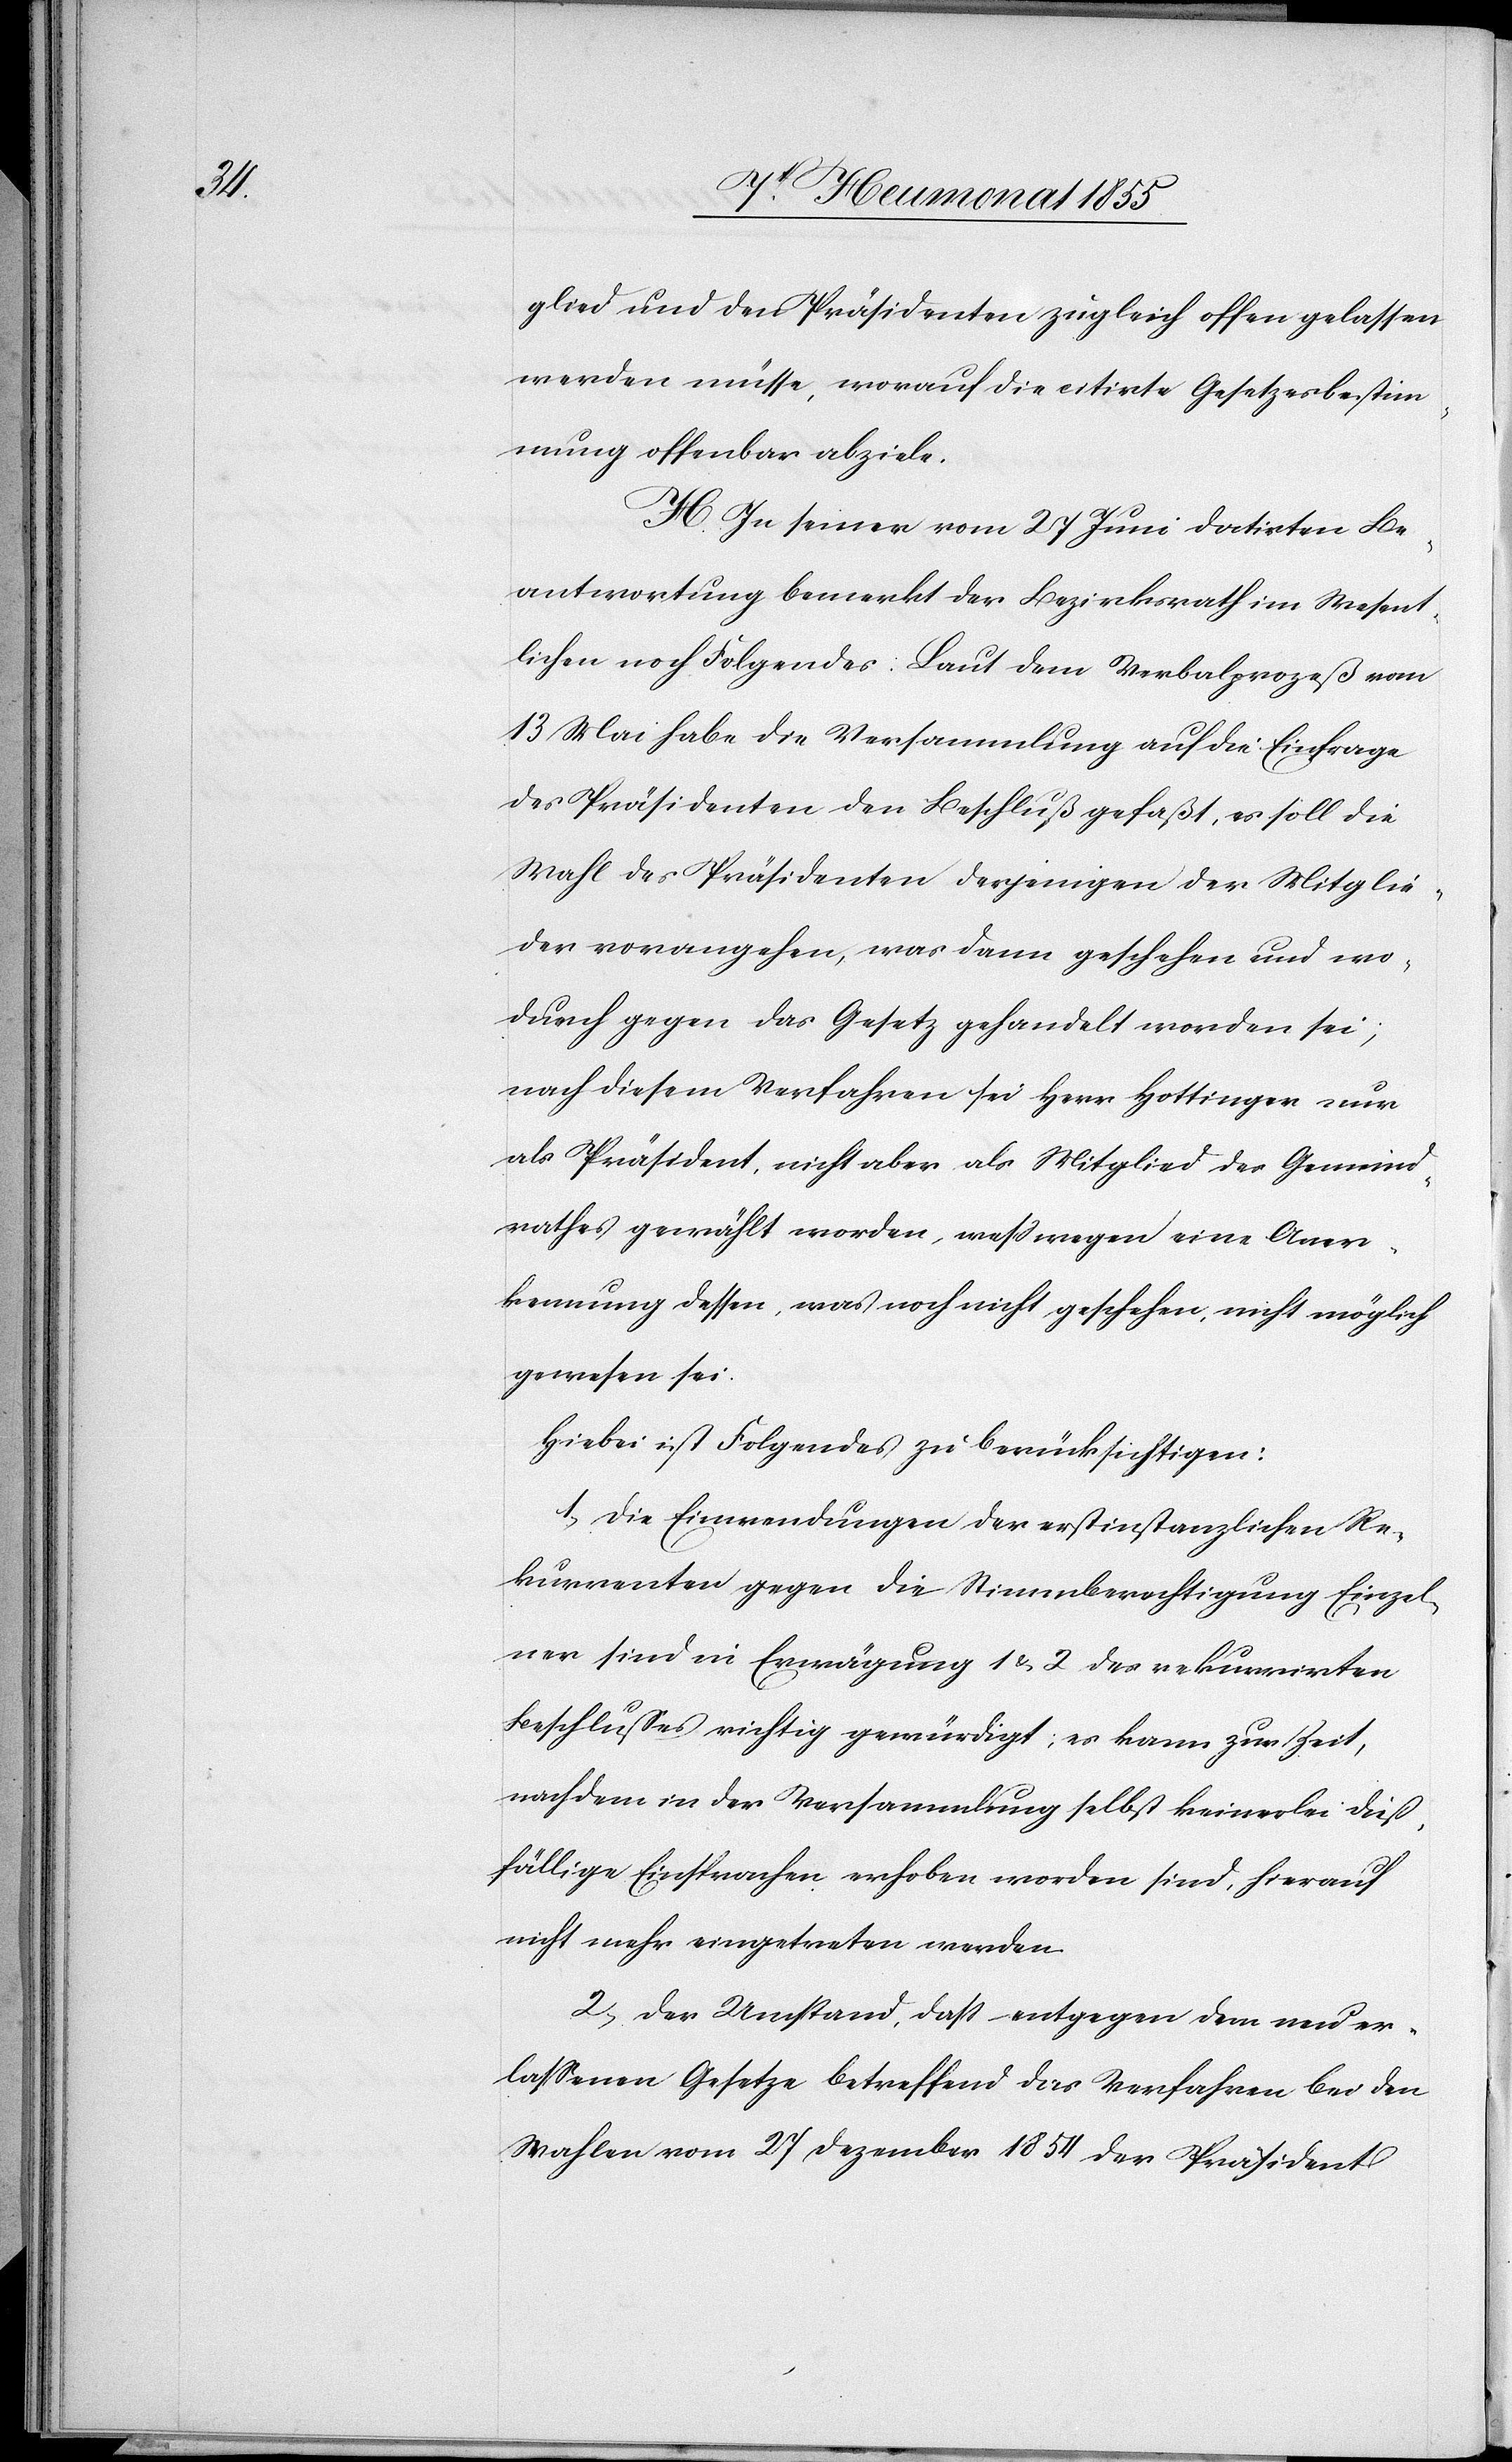
glied und den Präsidenten zugleich offen gelassen
werden müsse, worauf die citirte Gesetzesbestim¬
mung offenbar abziele.
H. In seiner vom 27 Juni datirten Be¬
antwortung bemerkt der Bezirksrath im Wesent¬
lichen noch Folgendes: Laut dem Verbalprozeß vom
13 Mai habe die Versammlung auf die Einfrage
des Präsidenten den Beschluß gefaßt, es soll die
Wahl des Präsidenten derjenigen der Mitglie¬
der vorangehen, was dann geschehen und wo¬
durch gegen das Gesetz gehandelt worden sei;
nach diesem Verfahren sei Herr Hottinger nur
als Präsident, nicht aber als Mitglied des Gemeind¬
rathes gewählt worden, wesswegen eine Aner¬
kennung dessen, was noch nicht geschehen, nicht möglich
gewesen sei.
Hiebei ist Folgendes zu berücksichtigen:
1, Die Einwendungen der erstinstanzlichen Re¬
kurrenten gegen die Stimmberechtigung Einzel¬
ner sind in Erwägung 1 & 2 des rekurrirten
Beschlusses richtig gewürdigt; es kann zur Zeit,
nachdem in der Versammlung selbst keinerlei dieß¬
fällige Einsprachen erhoben worden sind, hierauf
nicht mehr eingetreten werden.
2, Der Umstand, dass entgegen dem neu er¬
lassenen Gesetze betreffend das Verfahren bei den
Wahlen vom 27 Dezember 1854 der Präsident